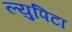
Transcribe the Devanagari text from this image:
ल्युपिटा